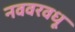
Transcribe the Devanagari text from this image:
नववरवधू